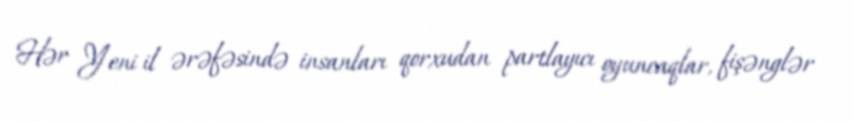
Hər Yeni il ərəfəsində insanları qorxudan partlayıcı oyuncaqlar, fişənglər